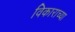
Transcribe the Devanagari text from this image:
विकाराच्या